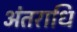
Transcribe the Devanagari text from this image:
अंतराधि